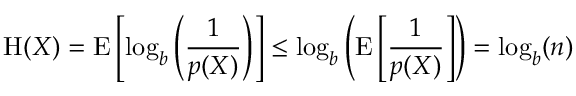
\mathrm { H } ( X ) = \operatorname { E } \left[ \log _ { b } \left( { \frac { 1 } { p ( X ) } } \right) \right] \leq \log _ { b } \left( \operatorname { E } \left[ { \frac { 1 } { p ( X ) } } \right] \right) = \log _ { b } ( n )